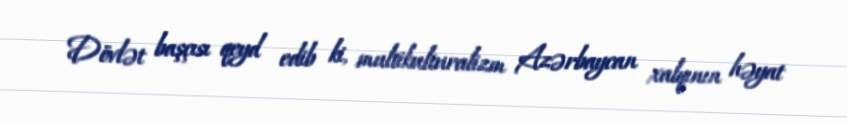
Dövlət başçısı qeyd edib ki, multikulturalizm Azərbaycan xalqının həyat